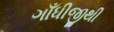
ગાઁધીજીથી